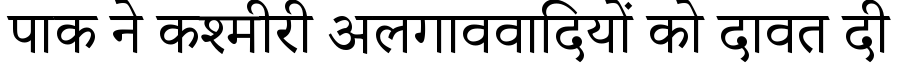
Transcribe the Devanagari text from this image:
पाक ने कश्मीरी अलगाववादियों को दावत दी